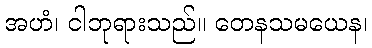
အဟံ၊ ငါဘုရားသည်။ တေနသမယေန၊